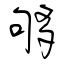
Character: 够